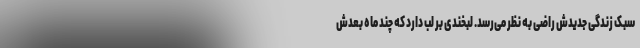
سبک زندگی جدیدش راضی به نظر می‌رسد. لبخندی بر لب دارد که چند ماه بعدش